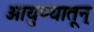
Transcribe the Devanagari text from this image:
आयुष्यातून्